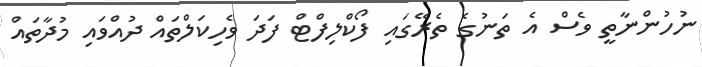
ނުހުންނާތީ ވެސް އެ ތަނުގެ ތެރޭގައި ފޯކްލިފްޓް ފަދަ ވެހިކަލްތައް ދުއްވައި މުދާތައް